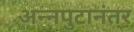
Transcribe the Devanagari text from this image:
अन्नपुटानंतर